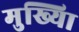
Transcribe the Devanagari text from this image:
मुख्यिा